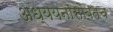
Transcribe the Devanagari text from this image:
अध्ययनासोबतच